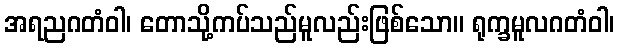
အရညဂတံဝါ၊ တောသို့ကပ်သည်မူလည်းဖြစ်သော။ ရုက္ခမူလဂတံဝါ၊